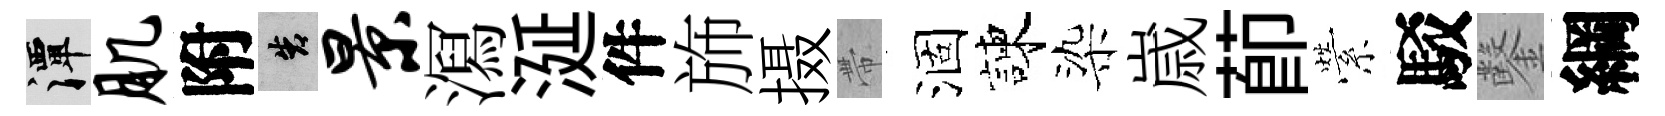
潭肌附告景㵼涎件斾摄帶涸諫染𡻕莭縈駁鑿綱